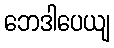
ဘေဒါပေယျ